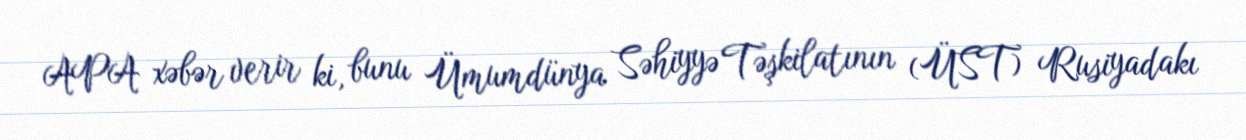
APA xəbər verir ki, bunu Ümumdünya Səhiyyə Təşkilatının (ÜST) Rusiyadakı